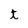
Character: t